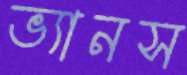
ভ্যানস